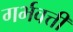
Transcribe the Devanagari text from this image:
गर्भवत्ती